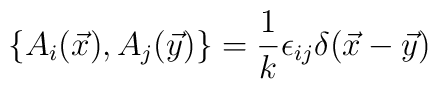
\{A_{i}(\vec{x}), A_{j}(\vec{y})\} = \frac{1}{k}\epsilon_{ij}\delta(\vec{x} -\vec{y})